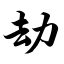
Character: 劫